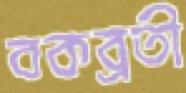
বকব্রতী